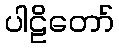
ပါဠိတော်